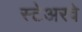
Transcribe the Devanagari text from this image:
स्टेअरवे